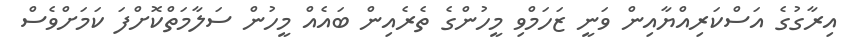
އިރާގުގެ އަސްކަރިއްޔާއިން ވަނީ ޒަހަމްވި މީހުންގެ ތެރެއިން ބައެއް މީހުން ސަލާމަތްކޮށްފަ ކަމަށްވެސް